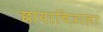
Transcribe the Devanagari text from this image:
छायाचित्राला